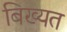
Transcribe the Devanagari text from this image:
बिख्यत